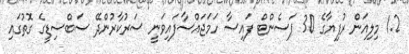
1.2 މިލިއަން ރުފިޔާގެ 30 ޕަސެންޓް ފައިސާ ހަމަޖައްސާފައިވަނީ ސަރުކާރުންދޭ ސަބްސިޑީގެ ގޮތުގައި